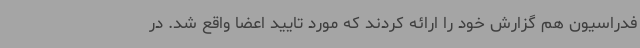
فدراسیون هم گزارش خود را ارائه کردند که مورد تایید اعضا واقع شد. در